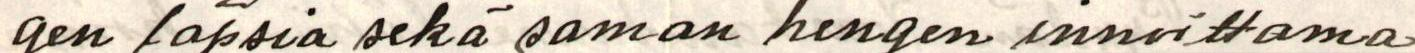
gen lapsia sekä saman hengen innoittama